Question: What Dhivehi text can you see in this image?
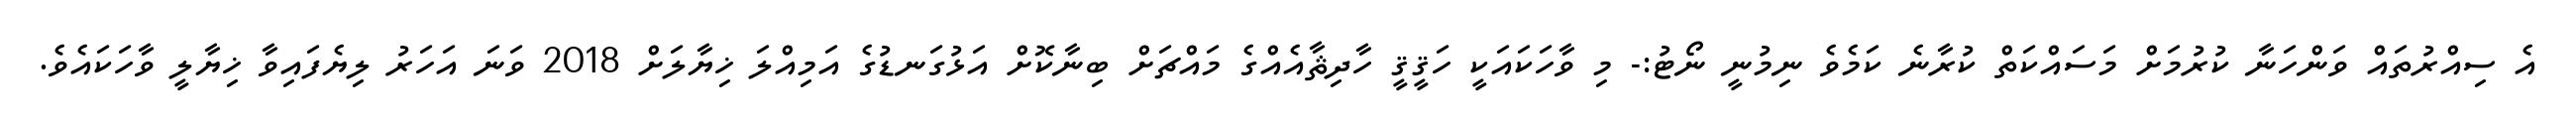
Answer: އެ ސިއްރުތައް ވަންހަނާ ކުރުމަށް މަސައްކަތް ކުރާނެ ކަމެވެ ނިމުނީ ނޯޓު:- މި ވާހަކައަކީ ހަޤީޤީ ހާދިޘާއެއްގެ މައްޗަށް ބިނާކޮށް އަޅުގަނޑުގެ އަމިއްލަ ޚިޔާލަށް 2018 ވަނަ އަހަރު ލިޔެފައިވާ ޚިޔާލީ ވާހަކައެވެ.